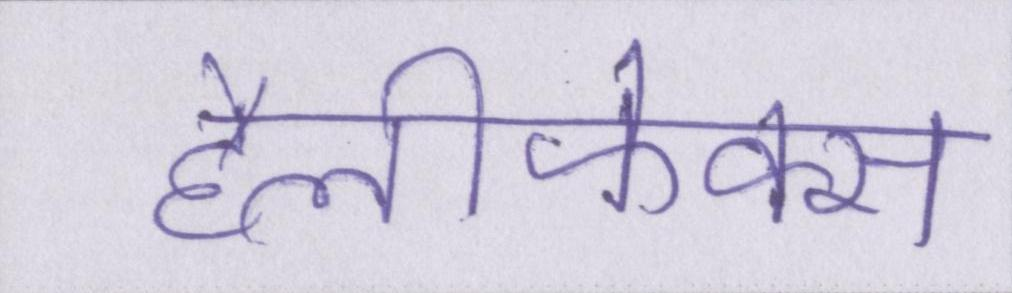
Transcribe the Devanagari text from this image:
हैलीफेक्स